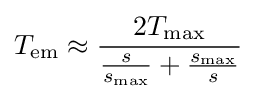
T_{\text{em}}\approx {\frac {2T_{\text{max}}}{{\frac {s}{s_{\text{max}}}}+{\frac {s_{\text{max}}}{s}}}}